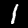
Label: 1